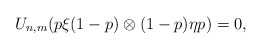
\begin{align*}U_{n,m}(p\xi (1-p) \otimes (1-p) \eta p) = 0,\end{align*}